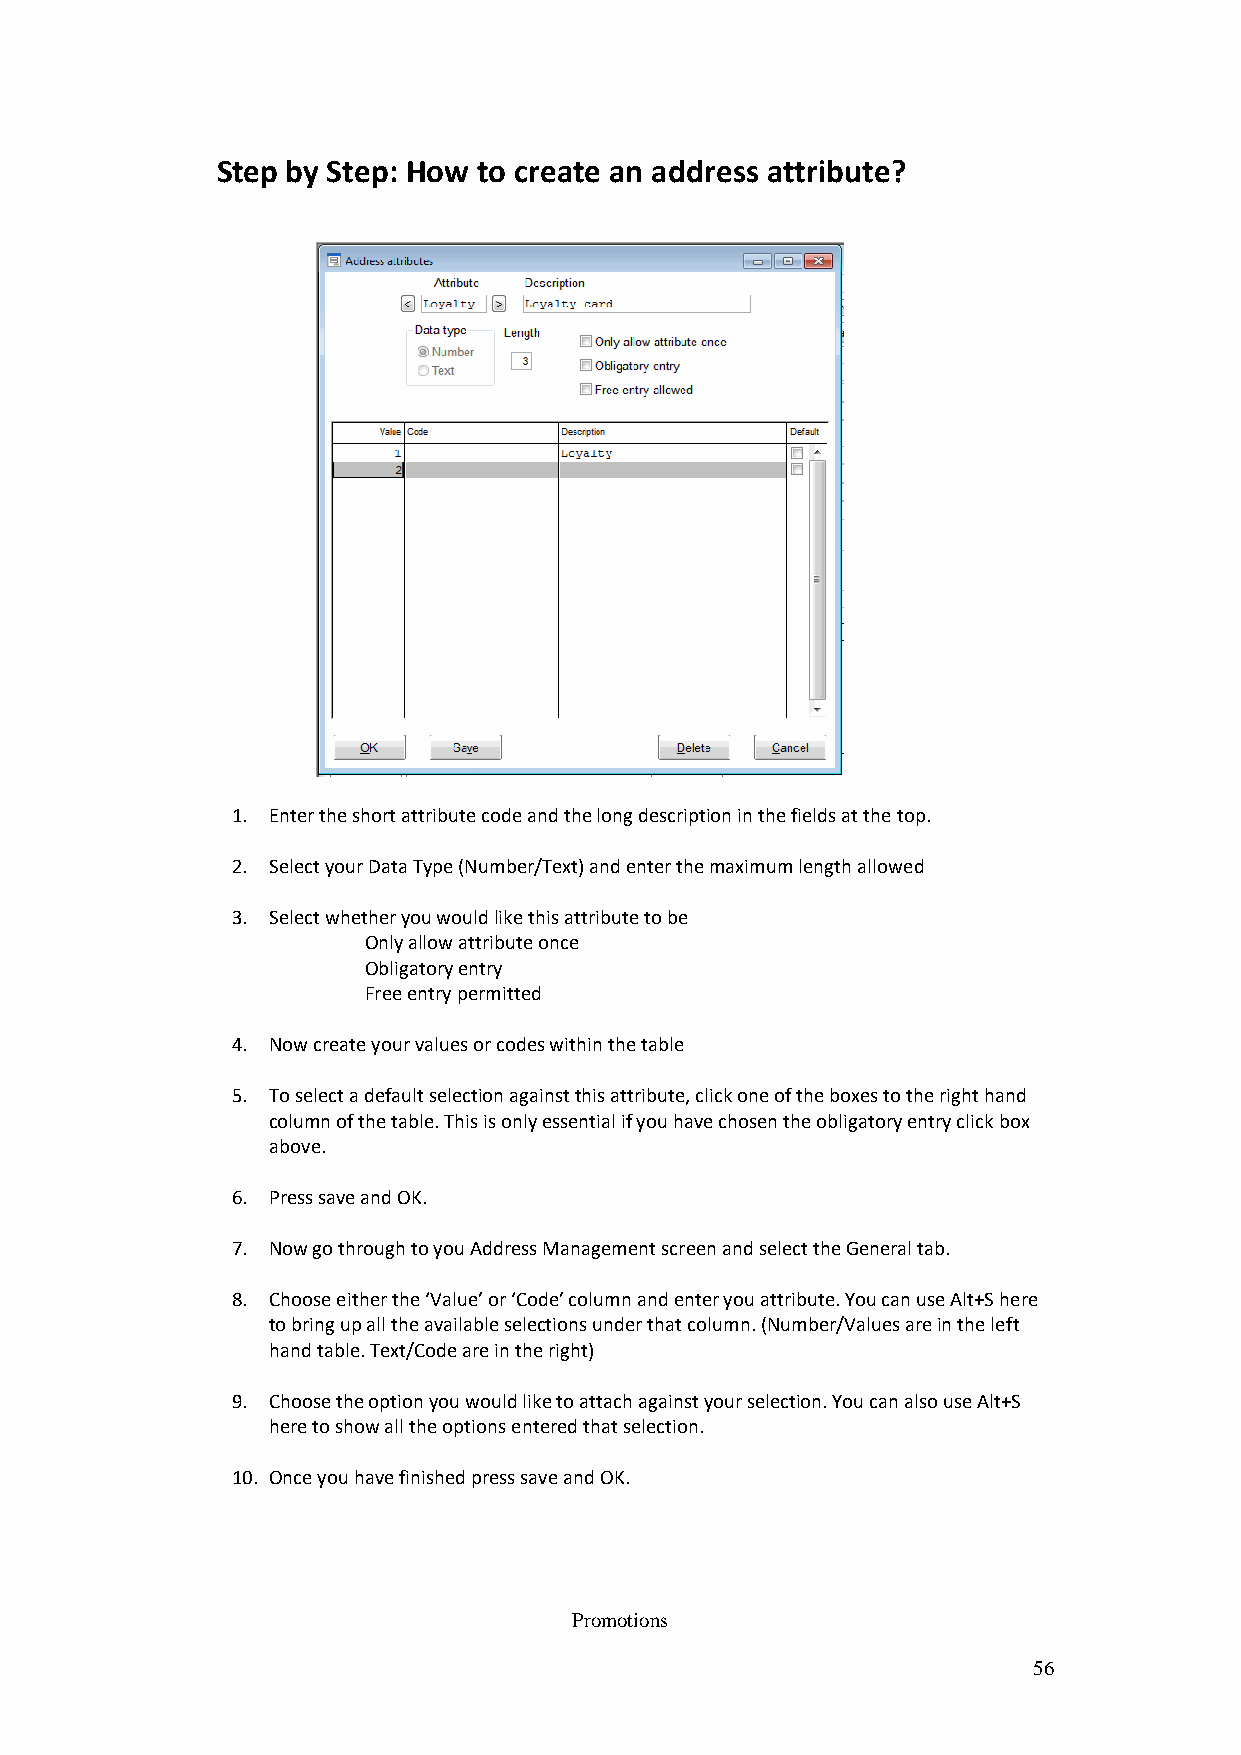
Step by Step: How to create an address attribute?
 1. Enter the short attribute code and the long description in the fields at the top.
 2. Select your Data Type (Number/Text) and enter the maximum length allowed
 3. Select whether you would like this attribute to be
 Only allow attribute once
 Obligatory entry
 Free entry permitted
 4. Now create your values or codes within the table
 5. To select a default selection against this attribute, click one of the boxes to the right hand
 column of the table. This is only essential if you have chosen the obligatory entry click box
 above.
 6. Press save and OK.
 7. Now go through to you Address Management screen and select the General tab.
 8. Choose either the ‘Value’ or ‘Code’ column and enter you attribute. You can use Alt+S here
 to bring up all the available selections under that column. (Number/Values are in the left
 hand table. Text/Code are in the right)
 9. Choose the option you would like to attach against your selection. You can also use Alt+S
 here to show all the options entered that selection.
 10. Once you have finished press save and OK.
 Promotions
 56